Problem: 33 + 33 = ?
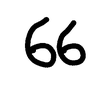
Handwritten answer: 66